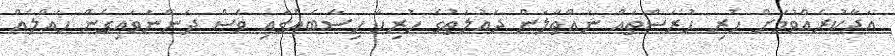
އަދާކުރެއްވުމަށް ހުރި ހުރަސްތައް ނައްތާލަން ދައުލަތުގެ ހުރިހާ ހިސާބެއްގައި ވެސް ދަންނަވައިގެން ހައްލެއް